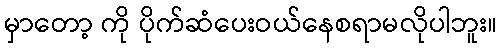
မှာတော့ ကို ပိုက်ဆံပေးဝယ်နေစရာမလိုပါဘူး။